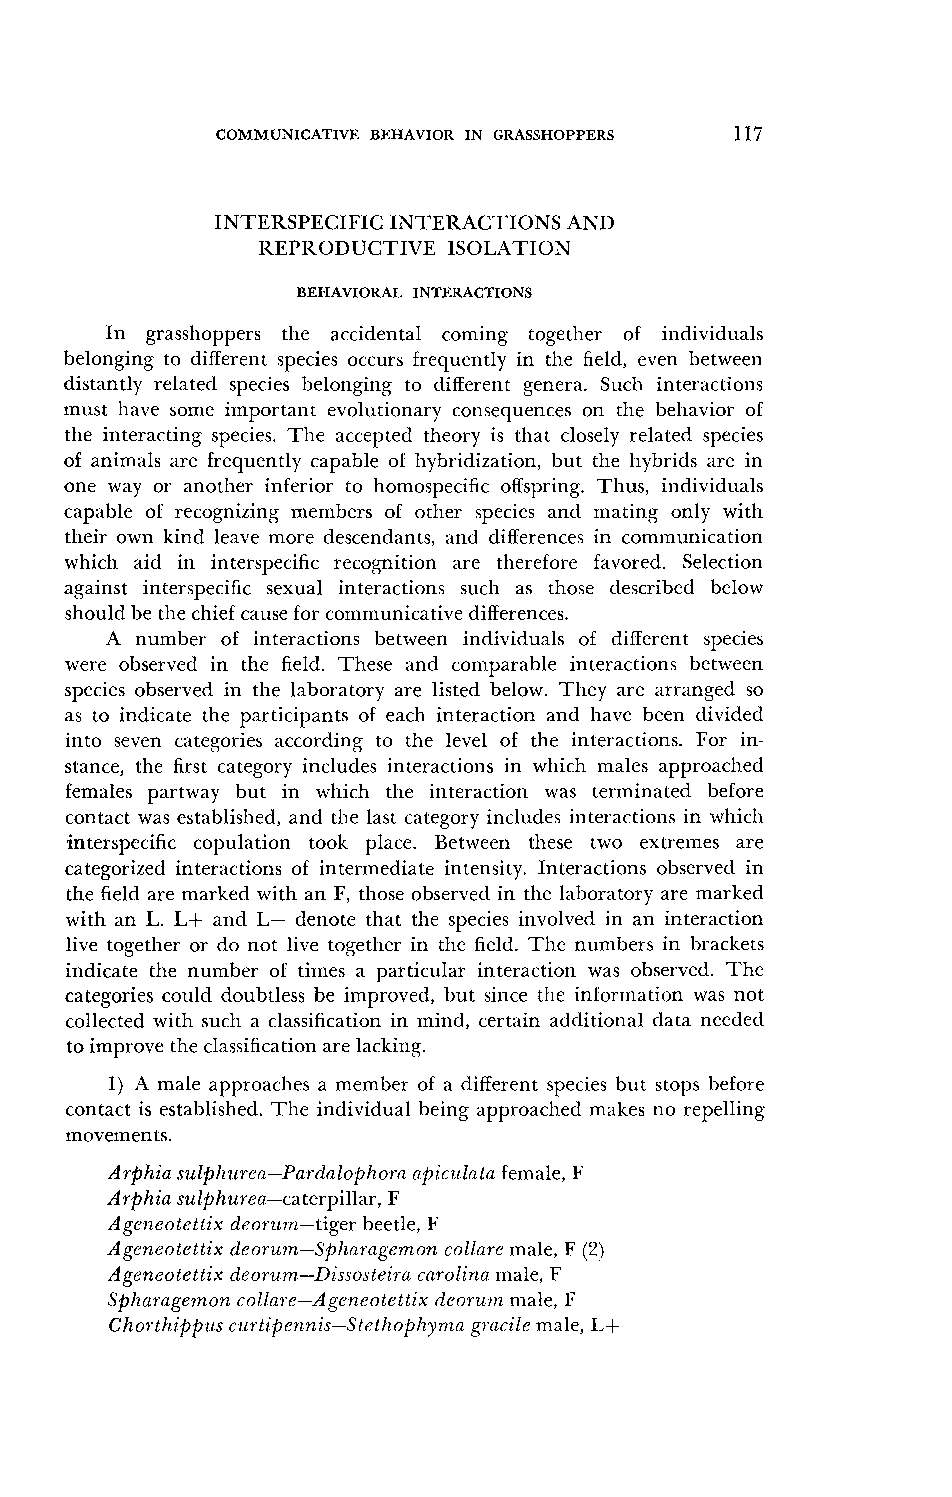
COMMUNICATIVE BEHAVIOR IN GRASSHOPPERS
 INTERSPECIFIC INTERACTIONS AND
 REPRODUCTIVE ISOLATION
 BEHAVIORAL INTERACTIONS
 In grasshoppers the accidental coming together of individuals
 belonging to different species occurs frequently in the field, even between
 distantly related species belonging to different genera. Such interactions
 must have some important evolutionary consequences on the behavior of
 the interacting species. The accepted theory is that closely related species
 of animals are frequently capable of hybridization, but the hybrids are in
 one way or another inferior to homospecific offspring. Thus, individuals
 capable of recognizing members of other species and mating only with
 their own kind leave more descendants, and differences in communication
 which aid in interspecific recognition are therefore favored. Selection
 against interspecific sexual interactions such as those described below
 should be the chief cause for comlnunicative differences.
 A number of interactions between individuals of different species
 were observed in the field. These and cornparable interactions between
 species observed in the laboratory are listed below. They are arranged so
 as to indicate the participants of each interaction and have been divided
 into seven categories according to tlle level of the interactions. For in-
 stance, tlle first category inclutles interactions in which rnales approached
 females partway but in wllicll tlle interaction was terminated before
 contact was established, and the last category inclucies interactions in which
 interspecific copulation took place. Between these two extremes are
 categorized interactions of intermediate intensity. Interactions observed in
 the field are marked wit11 an F, those observed in the laboratory are marked
 with an L. L+ and L- denote that the species involvetl in an interaction
 live together or do not live together in the field. The numbers in brackets
 indicate the number of tirnes a particular interaction was observed. The
 categorics could doubtless be improved, but since the information was not
 collected with sucll a classification in mind, certain additional data needed
 to improve the classification are lacking.
 1) A male approaches 21 member of a different species hut stops before
 contact is establislled. The individual being approaclled makes no repelling
 movements.
 Arphia sulphzirea-PardnlopI~or(~a piczllata female, F
 Arphia szilphurea-caterpillar, F
 Ageneotettix deorz~~n-tigerb eetle, F
 Ageneotettix deorum-Splramgenzonaon collare male, F (2)
 Ageneotettix cleorzlm-Dissosteira carolina male, F
 Splzaragem,on colla~e-Ageneotettix deorz~ltzm ale, F
 Chorthipplis cztrtipcnnis-Stethophyma gracile male, I,+